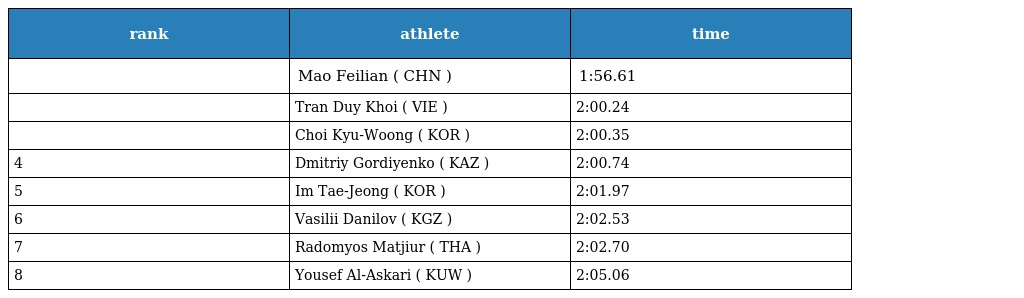
| rank | athlete | time |
 | --- | --- | --- |
 |  | Mao Feilian ( CHN ) | 1:56.61 |
 |  | Tran Duy Khoi ( VIE ) | 2:00.24 |
 |  | Choi Kyu-Woong ( KOR ) | 2:00.35 |
 | 4 | Dmitriy Gordiyenko ( KAZ ) | 2:00.74 |
 | 5 | Im Tae-Jeong ( KOR ) | 2:01.97 |
 | 6 | Vasilii Danilov ( KGZ ) | 2:02.53 |
 | 7 | Radomyos Matjiur ( THA ) | 2:02.70 |
 | 8 | Yousef Al-Askari ( KUW ) | 2:05.06 |